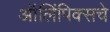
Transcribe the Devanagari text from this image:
ऑलिंपिक्सचे